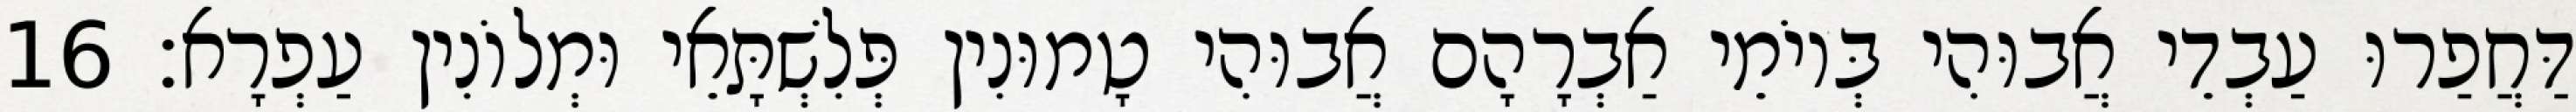
דַּחֲפַרוּ עַבְדֵי אֲבוּהִי בְּיוֹמֵי אַבְרָהָם אֲבוּהִי טָמוּנִין פְּלִשְׁתָּאֵי וּמְלוֹנִין עַפְרָא׃ 16